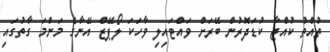
ތުއްތު ކުއްޖާ ކުޑަދޮރުން ބޭރަށް ވައްޓައިލި ވާހަކަ ލޯޕޭޒް އޭނާގެ މަންމަ ގާތުގައި